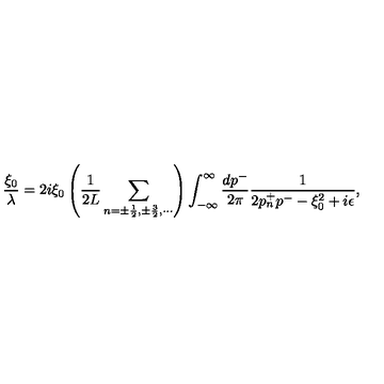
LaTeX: { \frac { \xi _ { 0 } } { \lambda } } = 2 i \xi _ { 0 } \left( { \frac { 1 } { 2 L } } \sum _ { n = \pm \frac { 1 } { 2 } , \pm \frac { 3 } { 2 } , \cdots } \right) \int _ { - \infty } ^ { \infty } { \frac { d p ^ { - } } { 2 \pi } } { \frac { 1 } { 2 p _ { n } ^ { + } p ^ { - } - \xi _ { 0 } ^ { 2 } + i \epsilon } } ,